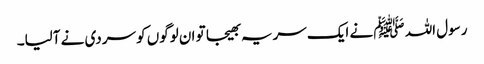
رسول اللہ ﷺ نے ایک سریہ بھیجا تو ان لوگوں کو سردی نے آلیا۔